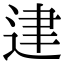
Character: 䢖